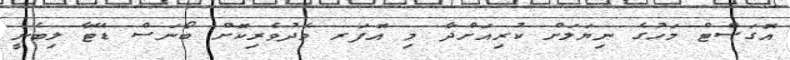
އޮގަސްޓް މަހުގެ ނިޔަލަށް ކުރިއަށްދާ މި އޮފަރ މެދުވެރިކޮށް ބޯނަސް ޑޭޓާ ލިބެނީ